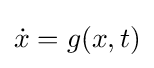
{\dot {x}}=g(x,t)